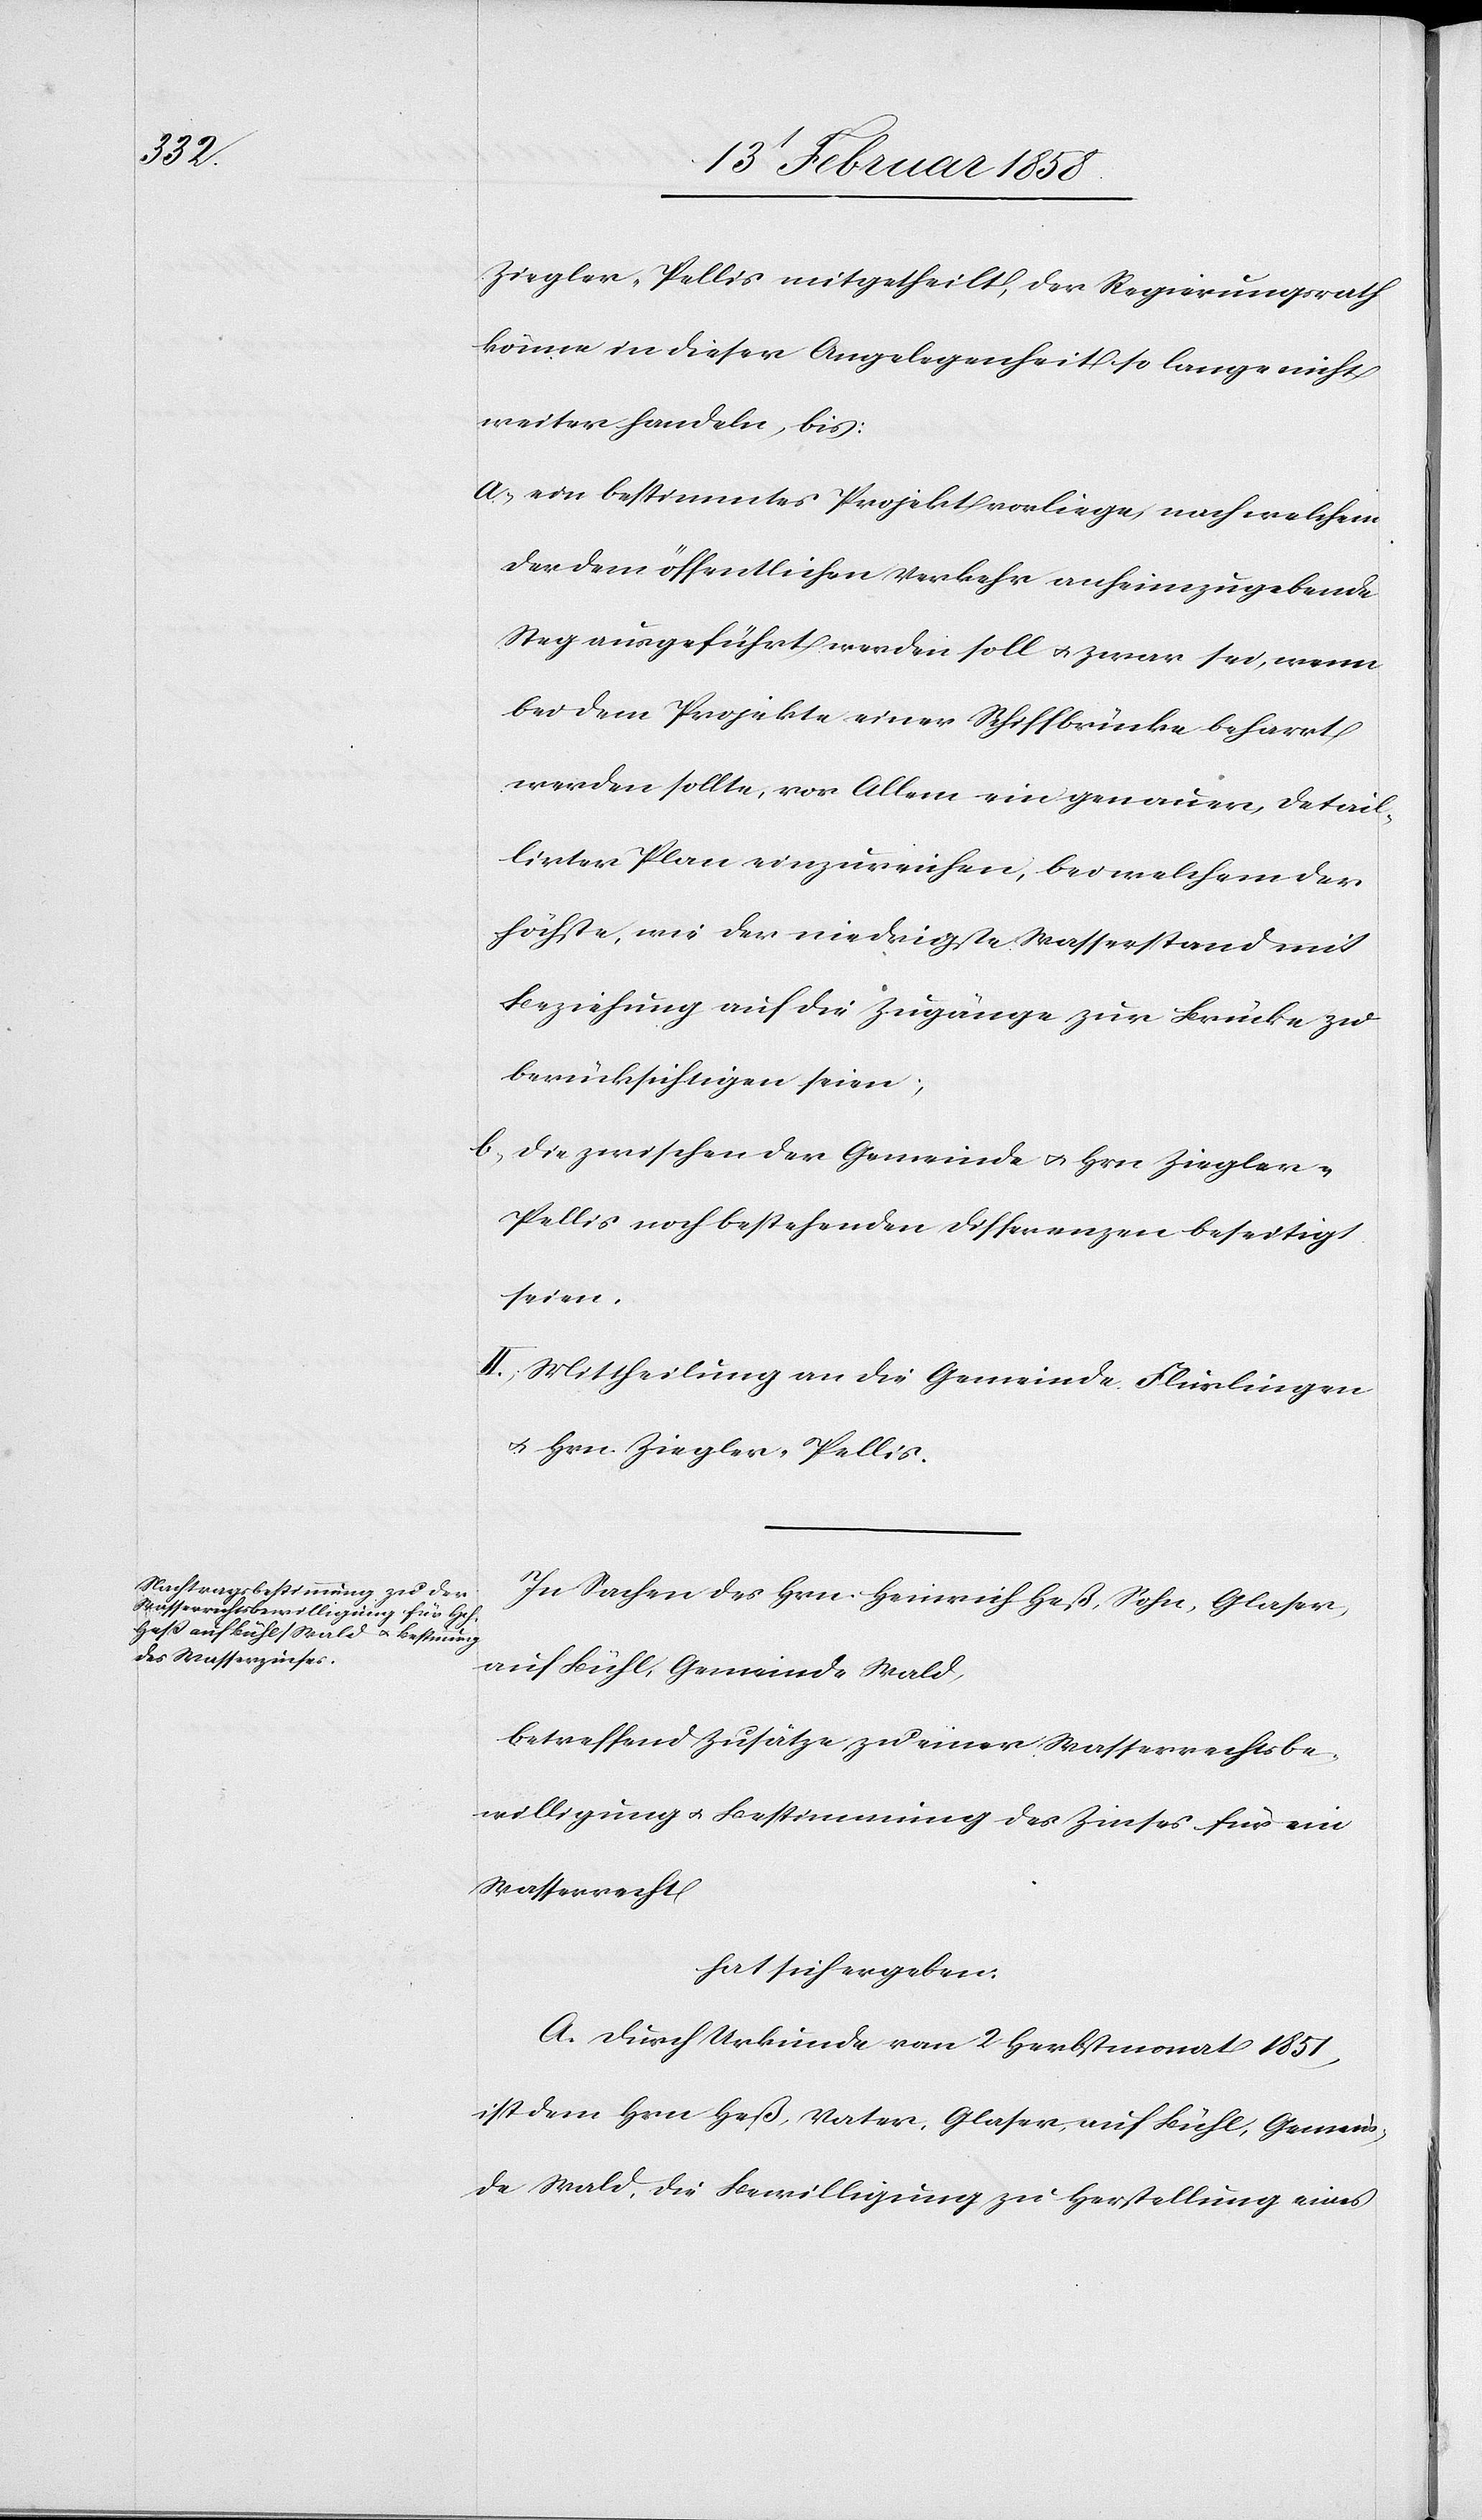
Ziegler-Pellis mitgetheilt, der Regierungsrath
könne in dieser Angelegenheit so lange nicht
weiter handeln, bis:
a. ein bestimmtes Projekt vorliege, nach welchem
der dem öffentlichen Verkehr anheimzugebende
Steg ausgeführt werden soll u. zwar sei, wenn
bei dem Projekte einer Schiffbrücke beharrt
werden sollte, vor Allem ein genauer, detail¬
lirter Plan einzureichen, bei welchem der
höchste, wie der niedrigste Wasserstand mit
Beziehung auf die Zugänge zur Brücke zu
berücksichtigen seien;
b. die zwischen der Gemeinde u. Hrn. Ziegler-P¬
ellis noch bestehenden Differenzen beseitigt
seien.
II. Mittheilung an die Gemeinde Flurlingen
u. Hrn. Ziegler-Pellis.
In Sachen des Hrn. Heinrich Heß, Sohn, Glaser,
auf Bühl, Gemeinde Wald,
betreffend Zusätze zu einer Wasserrechtsbe¬
willigung u. Bestimmung des Zinses für ein
Wasserrecht
hat sich ergeben:
A. Durch Urkunde vom 2 Herbstmonat 1851,
ist dem Hrn. Heß, Vater, Glaser, auf Bühl, Gemein¬
de Wald, die Bewilligung zu Herstellung eines